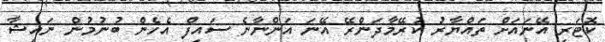
ކޮޓަރި އޭނައަށް ތައްޔާރު ކުރޭމާދަންރޭ އޭނަ އަންނާނެ ސައިފް އެހެން ބުނުމުން ނައިޝާ